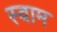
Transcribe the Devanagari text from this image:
स्वाम